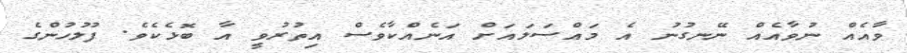
ވާއެއް ނުވާއެއް ނޭނގުނު އެ މައްސަލައަށް އަނެއްކާވެސް އިތުރުވީ އާ ބޮޅެކެވެ. ފުލުހުންގެ